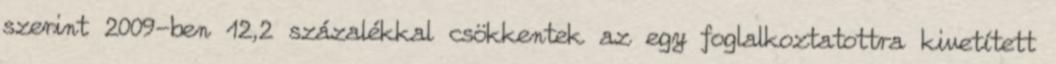
szerint 2009-ben 12,2 százalékkal csökkentek az egy foglalkoztatottra kivetített